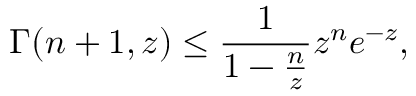
\Gamma ( n + 1 , z ) \leq \frac { 1 } { 1 - \frac { n } { z } } z ^ { n } e ^ { - z } ,